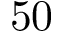
5 0